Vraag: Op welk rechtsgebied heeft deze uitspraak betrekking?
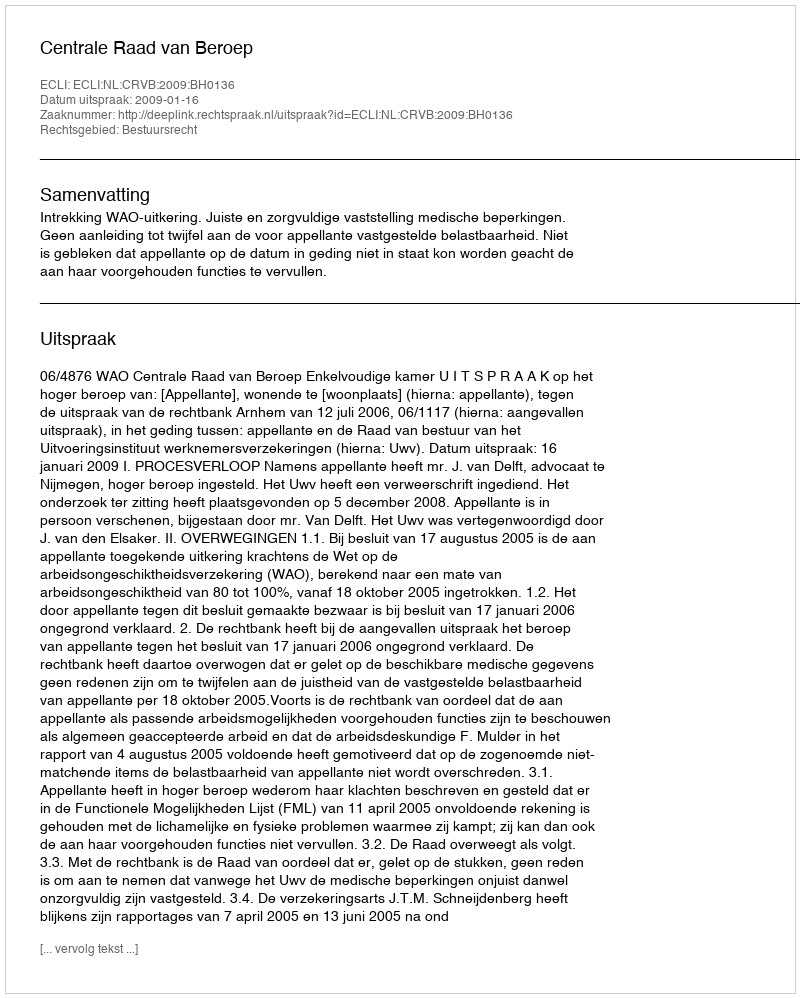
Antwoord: Bestuursrecht